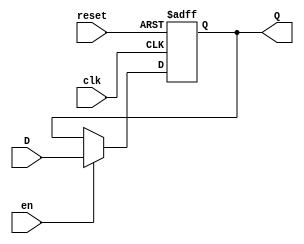
module barrier_register (
    input wire clk,       // Clock input
    input wire en,        // Enable input
    input wire reset,     // Asynchronous reset input
    input wire [N-1:0] D, // Data input (N-bit wide)
    output reg [N-1:0] Q  // Data output (N-bit wide)
);
    parameter N = 8; // Define the width of the register (can be changed as needed)

    // Asynchronous reset and synchronous data storage
    always @(posedge clk or posedge reset) begin
        if (reset) begin
            Q <= {N{1'b0}}; // Reset output to 0
        end else if (en) begin
            Q <= D; // Latch input data to output on clock edge if enabled
        end
        // If reset is not active and enable is low, Q retains its value
    end

endmodule